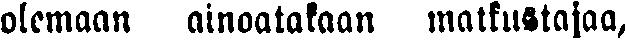
olemaan ainoatakaan matkustajaa,